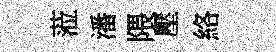
蒞潘隈壓絡